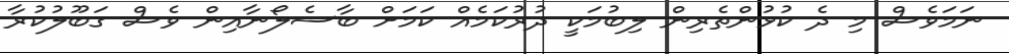
ނަމަވެސް މި ދެ ކުޅުންތެރިން ލިބުމަކީ ދުރުކަމެއް ކަމަށް ބާސެލޯނާއިން ވެސް ގަބޫލުކުރާ